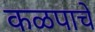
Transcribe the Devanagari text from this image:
कळपाचे